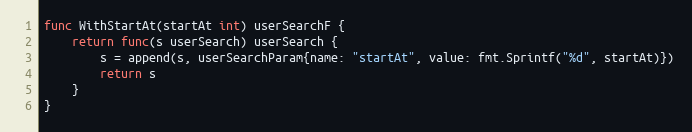
Language: Go
func WithStartAt(startAt int) userSearchF {
	return func(s userSearch) userSearch {
		s = append(s, userSearchParam{name: "startAt", value: fmt.Sprintf("%d", startAt)})
		return s
	}
}